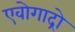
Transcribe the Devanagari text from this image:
एवोगाद्रो